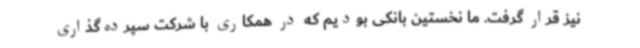
نیز قرار گرفت. ما نخستین بانکی بودیم که در همکاری با شرکت سپرده‌گذاری